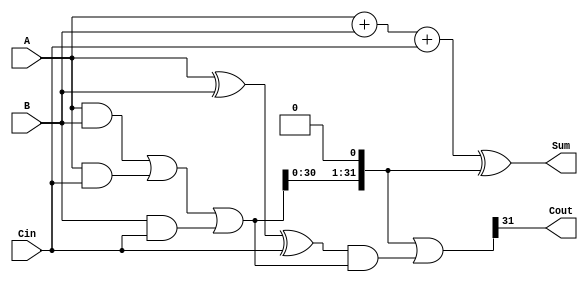
module Carry_bypass_adder(
  input [31:0] A,
  input [31:0] B,
  input Cin,
  output [31:0] Sum,
  output Cout
);

// Internal signals
reg [31:0] Sum_intermediate;
reg [31:0] Carry_intermediate;
reg [31:0] Carry_out;
reg [31:0] Z;

// Main adder logic
always @*
begin
  Z = A ^ B ^ Cin;
  Sum_intermediate = A + B + Cin;
  Carry_intermediate = ((A & B) | (A & Cin) | (B & Cin));
  Carry_out = (Carry_intermediate << 1) | (Z & Carry_intermediate);
  Sum = Sum_intermediate ^ (Carry_intermediate << 1);
end

assign Cout = Carry_out[31];

endmodule